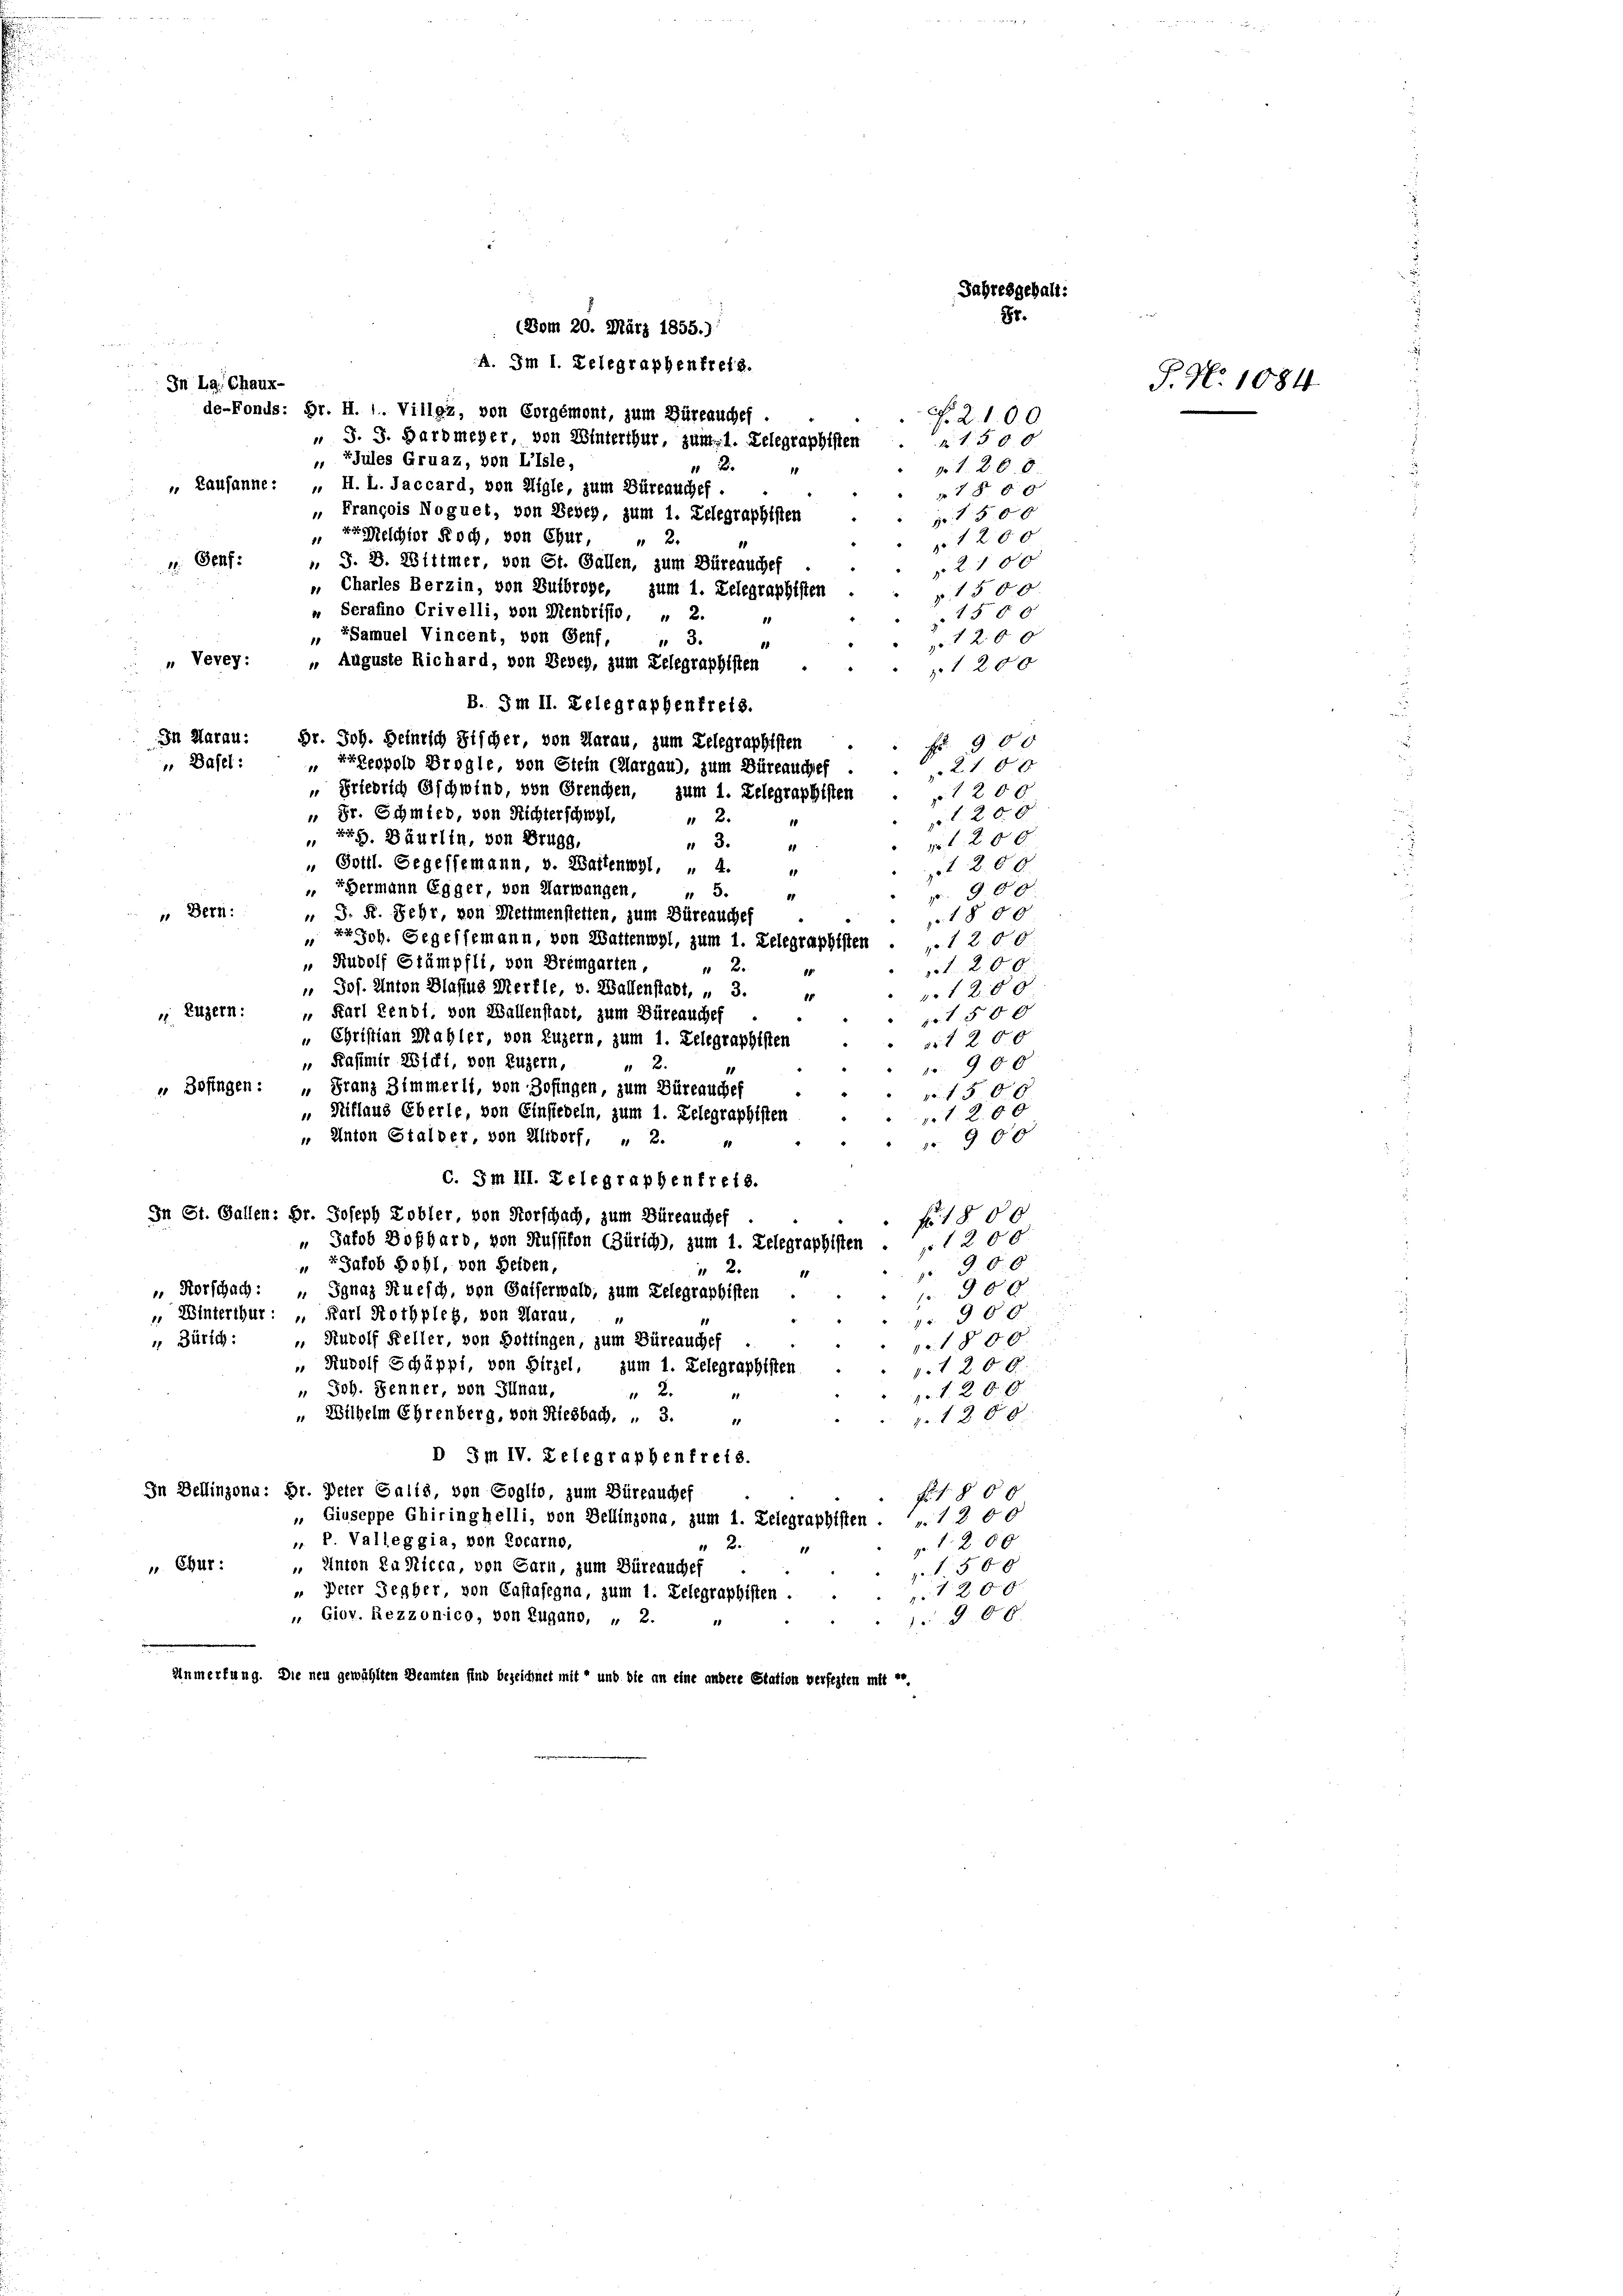
In La Chaux-
1. Genf.
„ Vevey:
 Basel:

de-Fonds: Hr. H. 1. Villaz, von Corgémont, zum Büreauches.
 FJules Gruaz, von Lisle,
„ Lausanne: „ H. L. Jaccard, von Aigle, zum Büreauchef.
r Melchior Roch, von Chur,
11
 3.
2. 900
2 10 x
1200.
 Fr. Schmied, von Richterschwyl,
t. 20. 8.
 2
kr G. Bäurlin, von Brugg,
t 200
1
" 3.
11
" Gottl. Segessemann, v. Battenwyl, „ 4.
t. 208.
11
EHermann Egger, von Aarwangen,
" 5.
p. 900
1
 Bern:
" J. F. Sehr, von Mettmenstetten, zum Büreauches
1800
r Joh. Gegelfemann, von Waltenwyl, zum 1. Lelegraphisten . . 1 200
" Rudolf Stämpfli, von Bremgarten,
1200.
2.
 Jos. Anton Blasius Merfle, v. Wallenstadt, „ 3.
1280
84
. Luzern:
" Karl Rendt, von Wallenstadt, zum Büreauches
t 500
„ Christian Mahler, von Luzern, zum 1. Relegraphisten
art 200
 Kasimir Wicht, von Luzern,
19 x
1
 Zofingen: „Franz Zimmerli, von Zofingen, zum Büreauches
ro. 1500
„Niflaus Eberle, von Einsiedeln, zum 1. Lelegraphisten
1200
" Anton Stalder, von Altorf, „ 2.
 900
C. Im III. Delegraphenfreis.
In St. Gallen: Dr. Joseph Kobler, von Vorschach, zum Büreauches
Fr. 1800
1200
 Jakob Boßhard, von Russikon (Zürich), zum 1. Telegraphisten
90.0
 Jakob Bohl, von Heiden,
2
 Horschach: „ Ignaz Muesch, von Gaiferwald, zum Telegraphisten
980.
 Winterthur: „ Karl Rothpleg, von Klarau,
900.
 Rudolf Keller, von Bottingen, zum Büreauches
 Zürich:
1800.
 Rudolf Schäppi, von Hirzel, zum 1. Relegraphisten
v.1 200.
 Joh. Jenner, von Illnau,
 2
1. 1. 209.
"Wilhelm Ehrenberg, von Riesbach.  3.
1. 1200
D 3m IV. Telegraphenfreis.
In Dellinzonu: Hr. Peter Galis, von Goglio, zum Büreauches
F §60
 Giuseppe Chiringhelli, von Bellinzona, zum 1. Lelegraphisten .  12 00
„ P. Valleggia, von Locarno,
1200
2.
„ Chur:
 Anton Lanicca, von Garn, zum Büreauchef
1500
1200
 Deter Segber, von Castasegna, zum 1. Lelegraphisten
 Giov. Rezzonico, von Zugano, „ 2.
§ 00.
14
Anmerkung. Die neu gewählten Beamten sind bezeichnet mit und die an eine andere Station verfesten mit e

" Serafino Crivelli, von Mendristo, „ 2.
„ Samuel Vincent, von Genf,
„ Auguste Richard, von Berey, zum Telegraphisten
B. Im II. Delegraphenfrets.
In Marau: Dr. Joh. Heinrich Fischer, von Aarau, zum Telegraphisten
Exleopold Brogle, von Stein (Aargau), zum Büreauchef
 Friedrich Gschwind, von Grenden, zum 1. Lelegraphisten

(Vom 20. März 1855.)
A. Im 1. Delegraphenfreis.
" J. J. Hardmeyer, von Winterthur, zum 1. Lelegraphisten
" 2
" François Noguet, von Sebey, zum 1. Telegraphisten
2.
, J. J. Wittmer, von St. Gallen, zum Büreauchef
„ Charles Berzin, von Subroge, zum 1. Lelegraphisten

Jahresgeball:
85.

R. 2100
 1 50 x
N. 1. 20. 8
78 00
Nr. 1 50 x
1200.
2100
 1500
1500
1200
1200

P. Nr. 1084.